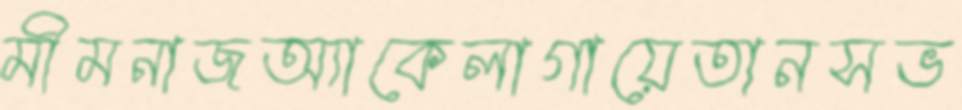
মীমনাজঅ্যাকেলাগায়েতানসভ